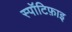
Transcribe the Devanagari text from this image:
स्पॉटिफ़ाइ